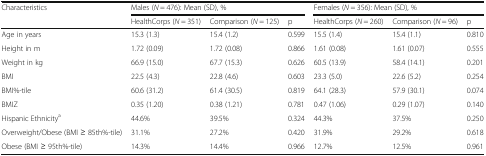
| <ROWSPAN=2> Characteristics | <COLSPAN=3> Males (N = 476): Mean (SD), % | <COLSPAN=3> Females (N = 356): Mean (SD), % |
 | HealthCorps (N = 351) | Comparison (N = 125) | p | HealthCorps (N = 260) | Comparison (N = 96) | p |
 | --- | --- | --- | --- | --- | --- | --- |
 | Age in years | 15.3 (1.3) | 15.4 (1.2) | 0.599 | 15.5 (1.4) | 15.4 (1.1) | 0.810 |
 | Height in m | 1.72 (0.09) | 1.72 (0.08) | 0.866 | 1.61 (0.08) | 1.61 (0.07) | 0.555 |
 | Weight in kg | 66.9 (15.0) | 67.7 (15.3) | 0.626 | 60.5 (13.9) | 58.4 (14.1) | 0.201 |
 | BMI | 22.5 (4.3) | 22.8 (4.6) | 0.603 | 23.3 (5.0) | 22.6 (5.2) | 0.254 |
 | BMI%-tile | 60.6 (31.2) | 61.4 (30.5) | 0.819 | 64.1 (28.3) | 57.9 (30.1) | 0.074 |
 | BMIZ | 0.35 (1.20) | 0.38 (1.21) | 0.781 | 0.47 (1.06) | 0.29 (1.07) | 0.140 |
 | Hispanic Ethnicitya | 44.6% | 39.5% | 0.324 | 44.3% | 37.5% | 0.250 |
 | Overweight/Obese (BMI ≥ 85th%-tile) | 31.1% | 27.2% | 0.420 | 31.9% | 29.2% | 0.618 |
 | Obese (BMI ≥ 95th%-tile) | 14.3% | 14.4% | 0.966 | 12.7% | 12.5% | 0.961 |